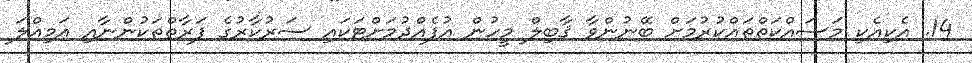
14. އެކިއެކި މަސައްކަތްތައްކުރުމަށް ބޭނުންވާ ޤާބިލް މީހުން އުފެއްދުމަށްޓަކައި ސަރުކާރުގެ ފަރާތްތަކުންނާއި އަމިއްލަ